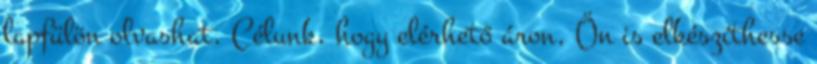
lapfülön olvashat. Célunk, hogy elérhető áron, Ön is elkészíthesse